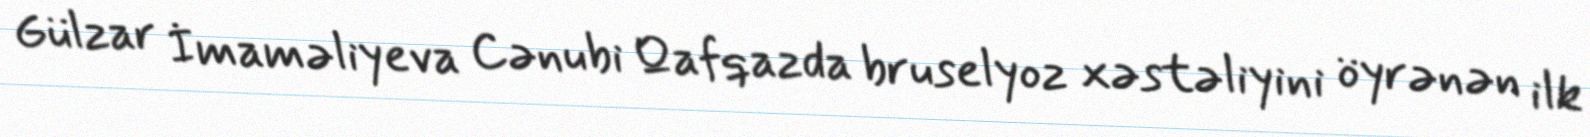
Gülzar İmaməliyeva Cənubi Qafqazda bruselyoz xəstəliyini öyrənən ilk